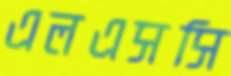
এলএসসি